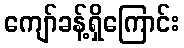
ကျော်ခန့်ရှိကြောင်း